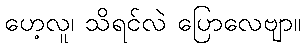
ဟေ့လူ၊ သိရင်လဲ ပြောလေဗျာ။